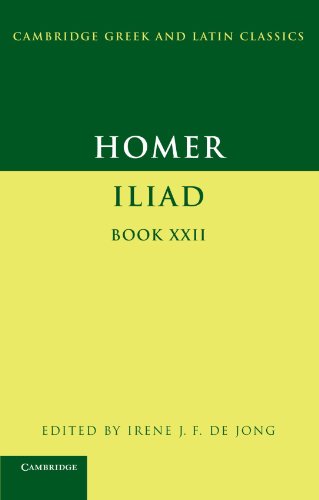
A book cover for Homer: Iliad Book 22 (Cambridge Greek and Latin Classics); Homer; Literature & Fiction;